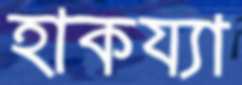
হাকয্যা